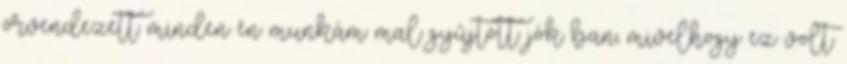
örvendezett minden én munkám mal gyûjtött jók ban; mivelhogy ez volt